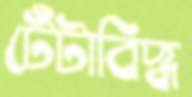
টেঁটাবিদ্ধ